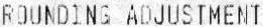
ROUNDING ADJUSTMENT